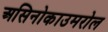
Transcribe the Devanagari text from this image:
असिनोकाउमरोल